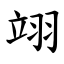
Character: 翊